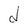
Character: d